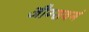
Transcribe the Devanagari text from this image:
औग्सवर्ग